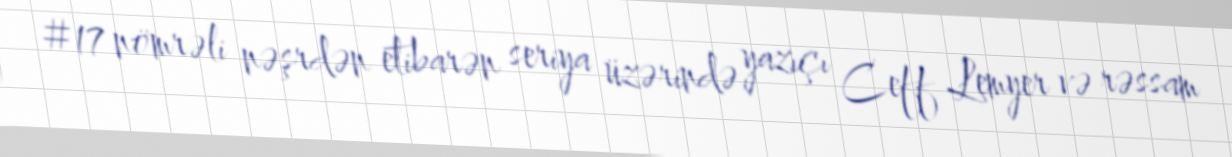
#17 nömrəli nəşrdən etibarən seriya üzərində yazıçı Ceff Lemyer və rəssam